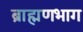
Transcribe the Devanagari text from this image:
ब्राह्मणभाग